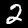
Label: 2